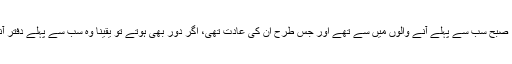
کیونکہ قریب رہتے تھے، صبح سب سے پہلے آنے والوں میں سے تھے اور جس طرح ان کی عادت تھی، اگر دور بھی ہوتے تو یقینا وہ سب سے پہلے دفتر آنے والوں میں شمار ہوتے۔